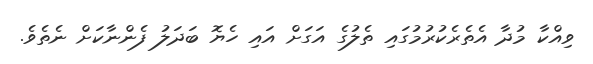
ވިއްކާ މުދާ އެތެރެކުރުމުގައި ތެލުގެ އަގަށް އައި ހެޔޮ ބަދަލު ފެންނާކަށް ނެތެވެ.